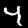
Label: 4